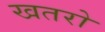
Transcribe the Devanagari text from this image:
खतरो